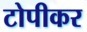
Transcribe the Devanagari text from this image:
टोपीकर